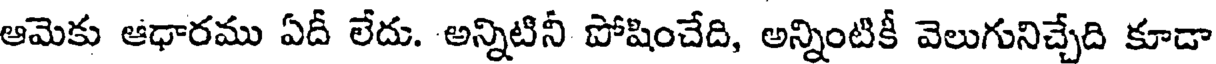
ఆమెకు ఆధారము ఏదీ లేదు. అన్నిటినీ పోషించేది, అన్నింటికీ వెలుగునిచ్చేది కూడా